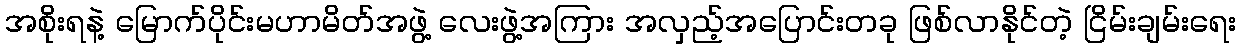
အစိုးရနဲ့ မြောက်ပိုင်းမဟာမိတ်အဖွဲ့ လေးဖွဲ့အကြား အလှည့်အပြောင်းတခု ဖြစ်လာနိုင်တဲ့ ငြိမ်းချမ်းရေး